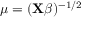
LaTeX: \mu = ( \mathbf { X } { \boldsymbol { \beta } } ) ^ { - 1 / 2 } \,